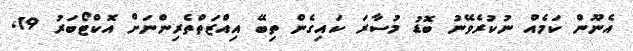
އެނޫން ކަމެއް ނުކުރެވޭނު ބޮޑު މުސާރަ ކައިގެން ތިބޭ އިއްޒަތްތެރިންނަށް އޮކްޓޯބަރު 19